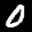
Label: 0